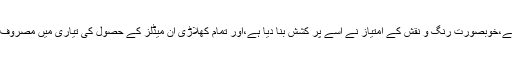
میڈلز کے ڈیزائن میں اولمپکس ہیروز کو ٹربیوٹ پیش کیا ہے،خوبصورت رنگ و نقش کے امتیاز نے اسے پر کشش بنا دیا ہے،اور تمام کھلاڑی ان میڈلز کے حصول کی تیاری میں مصروف ہو گئے ہیں اور اپنی ٹریننگ کو آخری شکل دے رہے ہیں۔